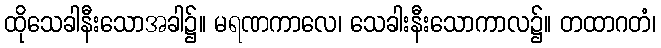
ထိုသေခါနီးသောအခါ၌။ မရဏကာလေ၊ သေခါးနီးသောကာလ၌။ တထာဂတံ၊